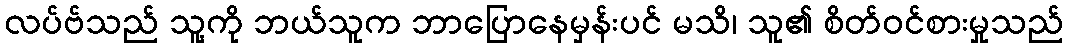
လပ်ဗ်သည် သူ့ကို ဘယ်သူက ဘာပြောနေမှန်းပင် မသိ၊ သူ၏ စိတ်ဝင်စားမှုသည်